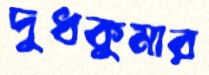
দুধকুমার